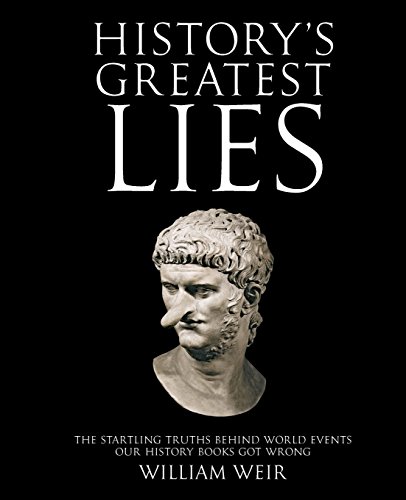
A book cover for History's Greatest Lies: The Startling Truths Behind World Events our History Books Got Wrong; William Weir; History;